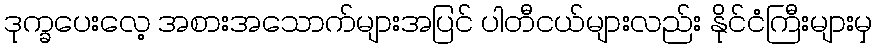
ဒုက္ခပေးလေ့ အစားအသောက်များအပြင် ပါတီငယ်များလည်း နိုင်ငံကြီးများမှ